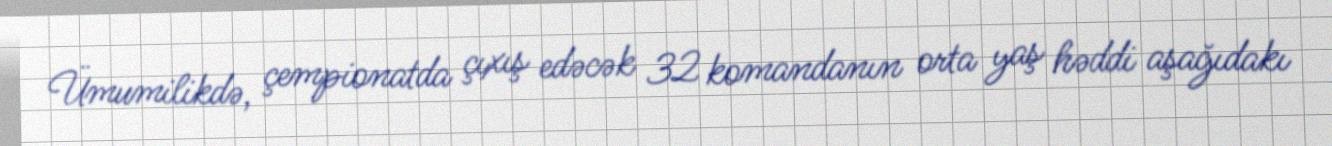
Ümumilikdə, çempionatda çıxış edəcək 32 komandanın orta yaş həddi aşağıdakı